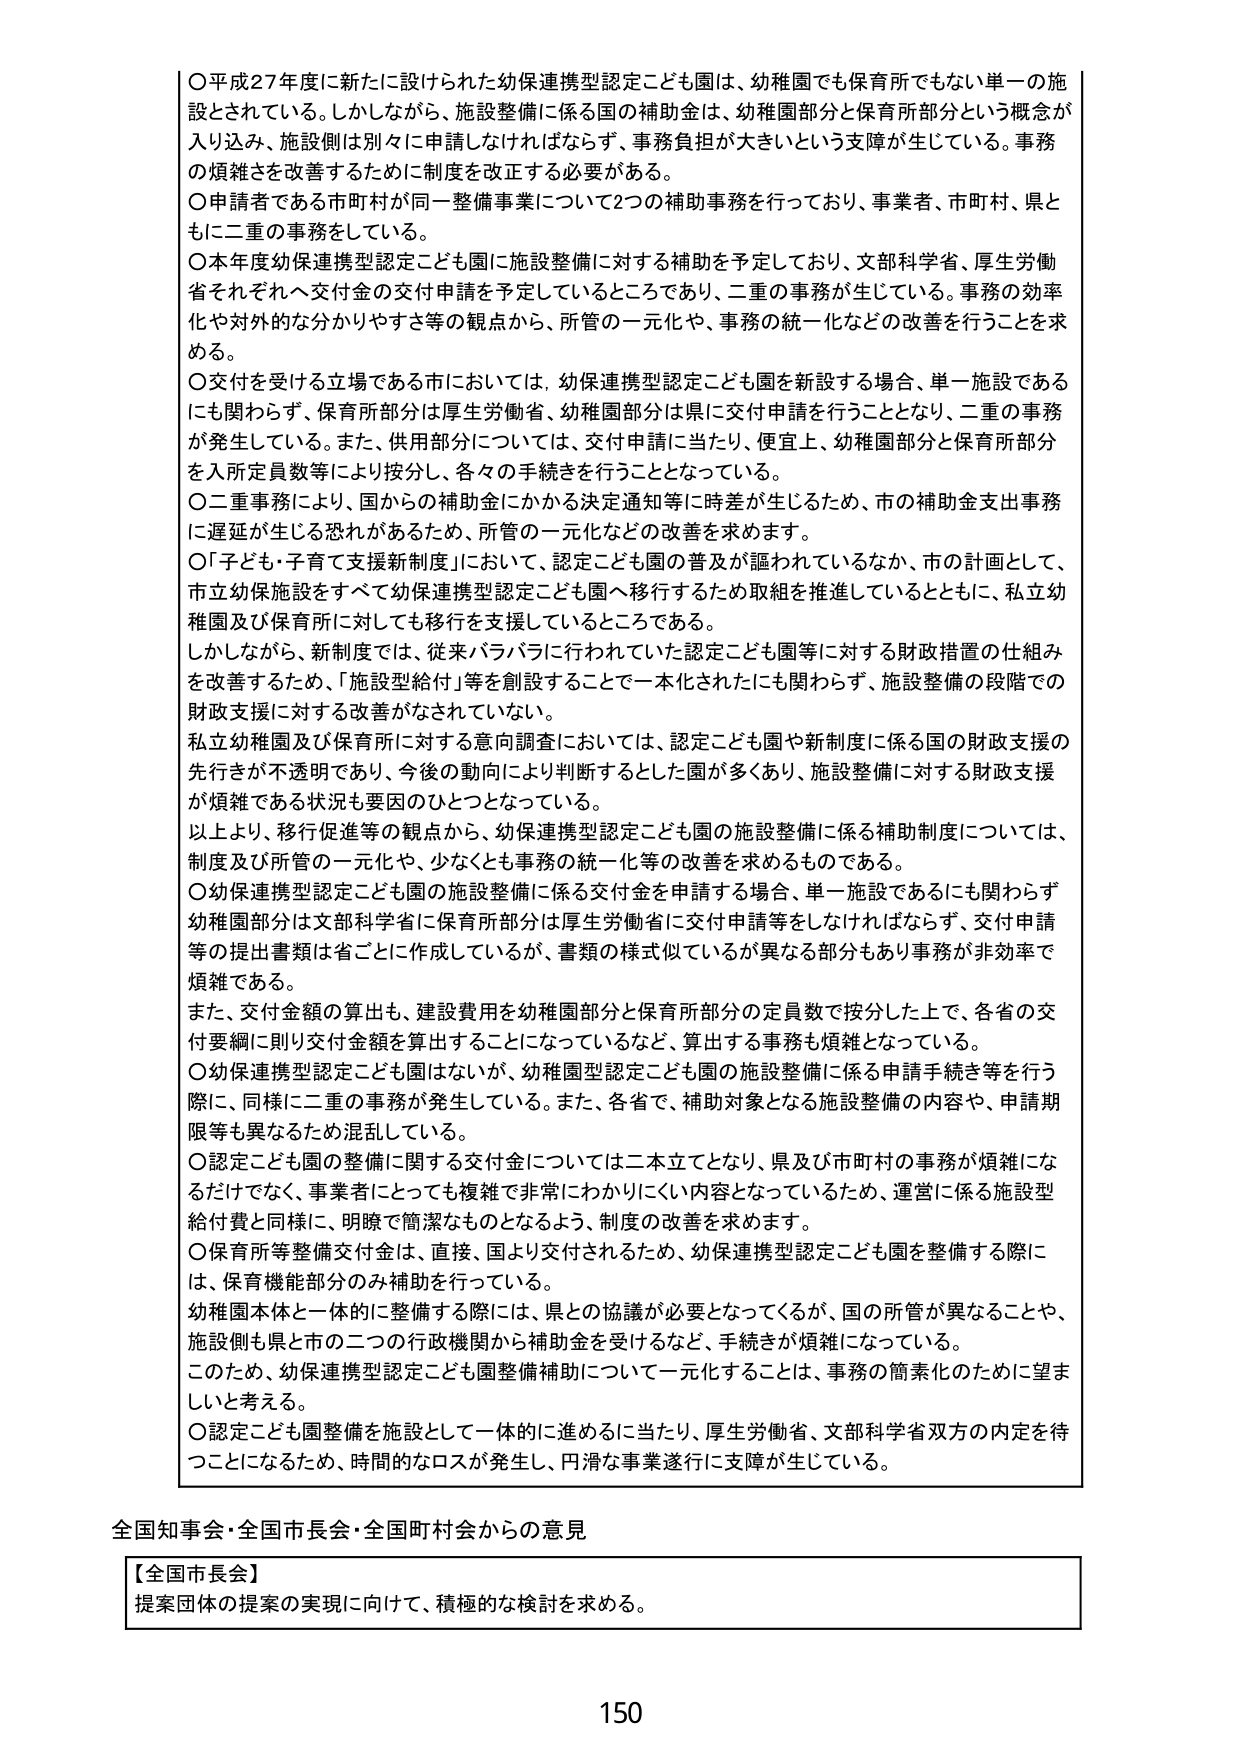
〇平成27年度に新たに設けられた幼保連携型認定こども園は、幼稚園でも保育所でもない単一の施設とされている。しかしながら、施設整備に係る国の補助金は、幼稚園部分と保育所部分という概念が入り込み、施設側は別々に申請しなければならず、事務負担が大きいという支障が生じている。事務の煩雑さを改善するために制度を改正する必要がある。

〇申請者である市町村が同一整備事業について2つの補助事務を行っており、事業者、市町村、県ともに二重の事務をしている。

〇本年度幼保連携型認定こども園に施設整備に対する補助を予定しており、文部科学省、厚生労働省それぞれへ交付金の交付申請を予定しているところであり、二重の事務が生じている。事務の効率化や対外的な分かりやすさ等の観点から、所管の一元化や、事務の統一化などの改善を行うことを求める。

〇交付を受ける立場である市においては、幼保連携型認定こども園を新設する場合、単一施設であるに関わらず、保育所部分は厚生労働省、幼稚園部分は県に交付申請を行うこととなり、二重の事務が発生している。また、併用部分については、交付申請に当たり、便宜上、幼稚園部分と保育所部分を入所定員数等により按分し、各々の手続きを行うこととなっている。

〇二重事務により、国からの補助金にかかる決定通知等に時差が生じるため、市の補助金支出事務に遅延が生じる恐れがあるため、所管の一元化などの改善を求めます。

〇「子ども・子育て支援新制度」において、認定こども園の普及が謳われているなか、市の計画として、市立幼保施設をすべて幼保連携型認定こども園へ移行するため取組を推進しているとともに、私立幼稚園及び保育所に対しても移行を支援しているところである。

しかしながら、新制度では、従来バラバラに行われていた認定こども園等に対する財政措置の仕組みを改善するため、「施設型給付」等を創設することで一本化されたにも関わらず、施設整備の段階での財政支援に対する改善がなされていない。

私立幼稚園及び保育所に対する意向調査においては、認定こども園や新制度に係る国の財政支援の先行きが不透明であり、今後の動向により判断するとした園が多くあり、施設整備に対する財政支援が煩雑である状況も要因のひとつとなっている。

以上より、移行促進等の観点から、幼保連携型認定こども園の施設整備に係る補助制度については、制度及び所管の一元化や、少なくとも事務の統一化等の改善を求めるものである。

〇幼保連携型認定こども園の施設整備に係る交付金を申請する場合、単一施設であるにも関わらず幼稚園部分は文部科学省に保育所部分は厚生労働省に交付申請等をしなければならず、交付申請等の提出書類は省ごとに作成しているが、書類の様式似ているが異なる部分もあり事務が非効率で煩雑である。

また、交付金額の算出も、建設費用を幼稚園部分と保育所部分の定員数で按分した上で、各省の交付要綱に則り交付金額を算出することになっているなど、算出する事務も煩雑となっている。

〇幼保連携型認定こども園はないが、幼稚園型認定こども園の施設整備に係る申請手続き等を行う際に、同様に二重の事務が発生している。また、各省で、補助対象となる施設整備の内容や、申請期限等も異なるため混乱している。

〇認定こども園の整備に関する交付金については二本立てとなり、県及び市町村の事務が煩雑になるだけでなく、事業者にとっても複雑で非常にわかりにくい内容となっているため、運営に係る施設型給付費と同様に、明瞭で簡潔なものとなるよう、制度の改善を求めます。

〇保育所等整備交付金は、直接、国より交付されるため、幼保連携型認定こども園を整備する際には、保育機能部分のみ補助を行っている。

幼稚園本体と一体的に整備する際には、県との協議が必要となってくるが、国の所管が異なることや、施設側も県と市の二つの行政機関から補助金を受けるなど、手続きが煩雑になっている。

このため、幼保連携型認定こども園整備補助について一元化することは、事務の簡素化のために望ましいと考える。

〇認定こども園整備を施設として一体的に進めるに当たり、厚生労働省、文部科学省双方の内定を待つことになるため、時間的なロスが発生し、円滑な事業遂行に支障が生じている。

全国知事会・全国市長会・全国町村会からの意見

【全国市長会】
提案団体の提案の実現に向けて、積極的な検討を求める。

150